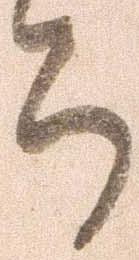
ち